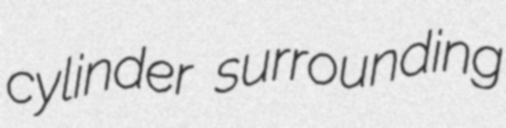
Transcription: cylinder surrounding